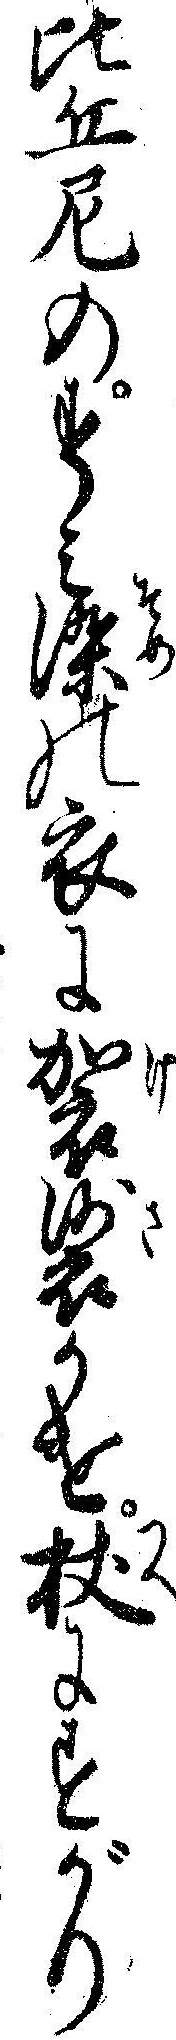
比丘尼のすミ染の衣に袈裟かけ杖にすがり